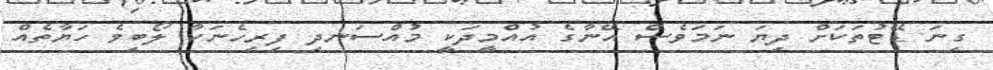
ގިނަ ޑޭޓުތަކަށް ދިޔަ ނަމަވެސް އޭނާގެ އުއްމީދަކީ މުއްސަނދި ފިރިހެނަކާ ލޯބިވެ ހަޔާތެއް